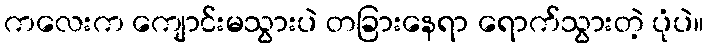
ကလေးက ကျောင်းမသွားပဲ တခြားနေရာ ရောက်သွားတဲ့ ပုံပဲ။